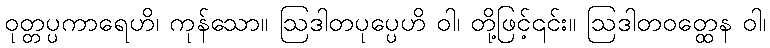
ဝုတ္တပ္ပကာရေဟိ၊ ကုန်သော။ ဩဒါတပုပ္ပေဟိ ဝါ၊ တို့ဖြင့်၎င်း။ ဩဒါတဝတ္ထေန ဝါ၊